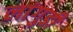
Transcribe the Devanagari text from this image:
लांगुडी